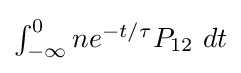
{\textstyle \int _{-\infty }^{0}ne^{-t/\tau }P_{12}\ dt}